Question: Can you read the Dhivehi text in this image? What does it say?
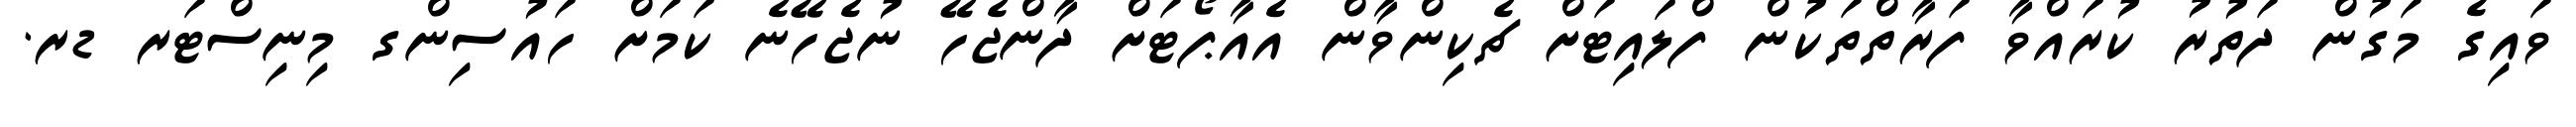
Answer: ވައިގެ މަގުން ދަތުރު ކުރައްވާ ފަރާތްތަކުން ފްލައިޓަށް ޗެކިންވާން އެއާޕޯޓަށް ދާންޖެހޭ ނުޖެހޭނެ ކަމަށް ހައުސިންގ މިނިސްޓަރ ޑރ.